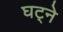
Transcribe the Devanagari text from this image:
घट्ने